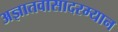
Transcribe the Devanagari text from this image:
अज्ञातवासादरम्यान